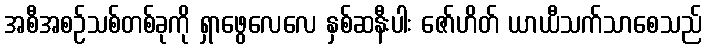
အစီအစဉ်သစ်တစ်ခုကို ရှာဖွေလေလေ နှစ်ဆနီးပါး ဇော်ဟိတ် ယာယီသက်သာစေသည်